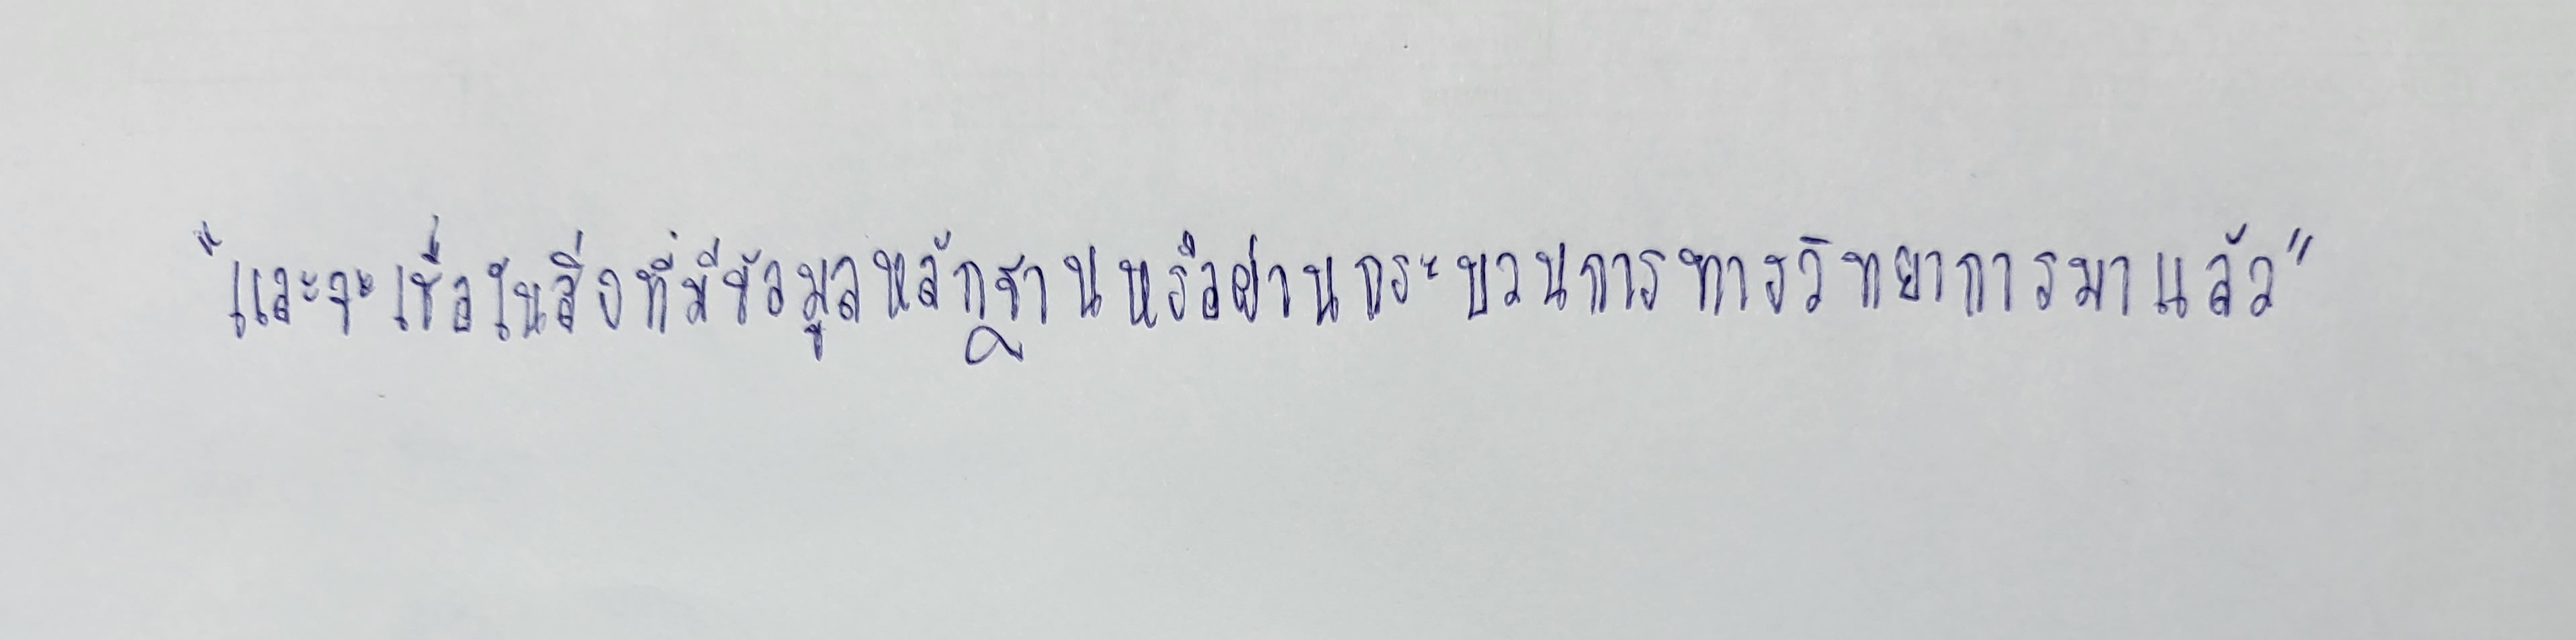
"และจะเชื่อในสิ่งที่มีข้อมูลหลักฐานหรือผ่านกระบวนการทางวิทยาการมาแล้ว"